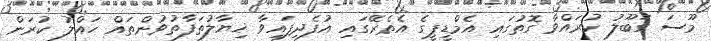
މޫސަ ގަބޫލު ކުރައްވާ ގޮތުގައި އެމްޑީޕީގެ އެތެރޭގައި އުފެދިފައިވާ ޚިޔާލުތަފާތުވުންތައް ހައްލު ކުރަން